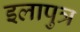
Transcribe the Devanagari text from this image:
इलापुत्र